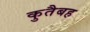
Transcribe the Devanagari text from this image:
कुतैबह